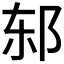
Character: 𰻨